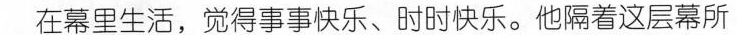
在幕里生活，觉得事事快乐、时时快乐。他隔着这层幕所